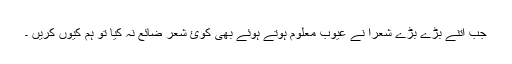
جب اتنے بڑے بڑے شعرا نے عیوب معلوم ہوتے ہوئے بھی کوئ شعر ضائع نہ کیا تو ہم کیوں کریں ۔